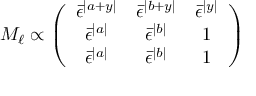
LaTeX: M _ { \ell } \propto \left( \begin{array} { c c c } { { \bar { \epsilon } ^ { | a + y | } } } & { { \bar { \epsilon } ^ { | b + y | } } } & { { \bar { \epsilon } ^ { | y | } } } \\ { { \bar { \epsilon } ^ { | a | } } } & { { \bar { \epsilon } ^ { | b | } } } & { { 1 } } \\ { { \bar { \epsilon } ^ { | a | } } } & { { \bar { \epsilon } ^ { | b | } } } & { { 1 } } \end{array} \right)